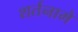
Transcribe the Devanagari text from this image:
शर्तनामे